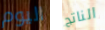
اليوم الناتج